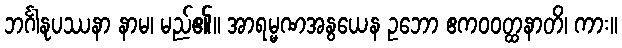
ဘင်္ဂါနုပဿနာ နာမ၊ မည်၏။ အာရမ္မဏအနွယေန ဥဘော ဧကဝဝတ္ထနာတိ၊ ကား။